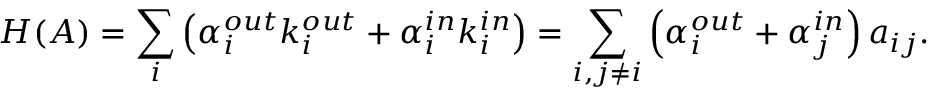
H ( A ) = \sum _ { i } \left( \alpha _ { i } ^ { o u t } k _ { i } ^ { o u t } + \alpha _ { i } ^ { i n } k _ { i } ^ { i n } \right) = \sum _ { i , j \neq i } \left( \alpha _ { i } ^ { o u t } + \alpha _ { j } ^ { i n } \right) a _ { i j } .